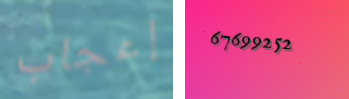
إعجاب 67699252